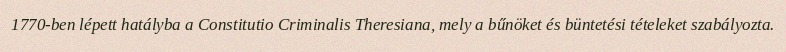
1770-ben lépett hatályba a Constitutio Criminalis Theresiana, mely a bűnöket és büntetési tételeket szabályozta.